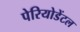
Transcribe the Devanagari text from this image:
पेरियोडेंटल